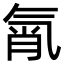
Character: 㲵